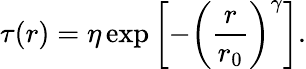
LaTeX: \tau(r)=\eta\exp\left[-\left(\frac{r}{r_{0}}\right)^{\gamma}\right].